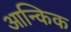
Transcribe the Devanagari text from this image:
आन्किक